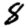
Digit: 8